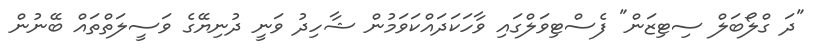
"ދަ ގްލޯބަލް ސިޓިޒަން" ފެސްޓިވަލްގައި ވާހަކަދައްކަވަމުން ޝާހިދު ވަނީ ދުނިޔޭގެ ވަސީލަތްތައް ބޭނުން